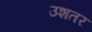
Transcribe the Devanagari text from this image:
उशतर